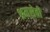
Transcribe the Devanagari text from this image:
श्रमसेवी